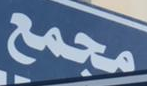
مجمع